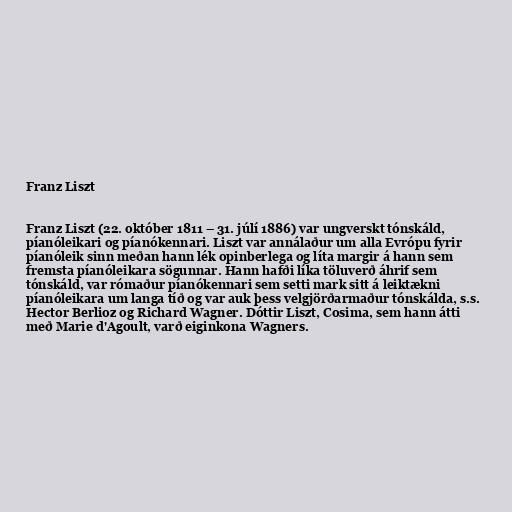
Franz Liszt

Franz Liszt (22. október 1811 – 31. júlí 1886) var ungverskt tónskáld,
píanóleikari og píanókennari. Liszt var annálaður um alla Evrópu fyrir
píanóleik sinn meðan hann lék opinberlega og líta margir á hann sem
fremsta píanóleikara sögunnar. Hann hafði líka töluverð áhrif sem
tónskáld, var rómaður píanókennari sem setti mark sitt á leiktækni
píanóleikara um langa tíð og var auk þess velgjörðarmaður tónskálda, s.s.
Hector Berlioz og Richard Wagner. Dóttir Liszt, Cosima, sem hann átti
með Marie d'Agoult, varð eiginkona Wagners.